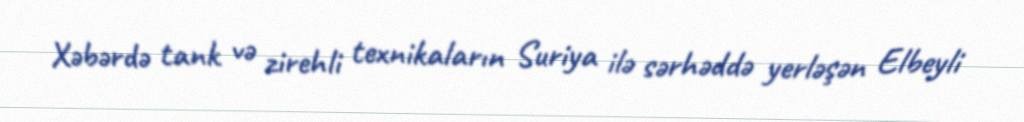
Xəbərdə tank və zirehli texnikaların Suriya ilə sərhəddə yerləşən Elbeyli